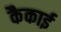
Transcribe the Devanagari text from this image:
कैकाई